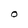
Character: O